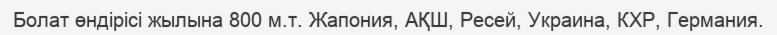
Болат өндірісі жылына 800 м.т. Жапония, АҚШ, Ресей, Украина, КХР, Германия.